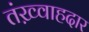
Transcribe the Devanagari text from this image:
तंख़्वाहदार